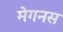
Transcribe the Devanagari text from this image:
मेगनस